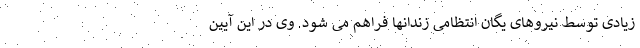
زیادی توسط نیروهای یگان انتظامی زندانها فراهم می شود. وی در این آیین